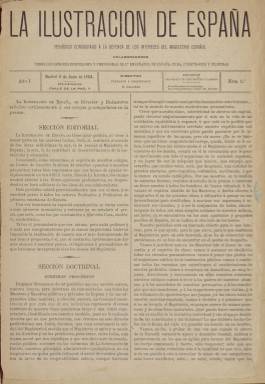
Título: La Ilustración de España
Colección: Cultura
Ámbito geográfico: Madrid
Lugar de publicación: Madrid
Fechas: 08/06/1884-22/12/1887

En la segunda mitad del siglo XIX es difícil distinguir entre tantas publicaciones como llevan el título ‘ilustración’ en su cabecera. Casi todas ellas hacían alarde de sus ilustraciones, es decir, de sus imágenes, grabados en los que se representaban retratos, monumentos, escenas costumbristas, caricaturas… y que fueron sirviendo cada vez más para ilustrar la información de actualidad.

    Pero no es el caso de la publicación que lleva por título La Ilustración de España, nacida el 8 de junio de 1884, al menos en su primera etapa. De ocho páginas y periodicidad mensual en un primer momento,  utilizaba el término en su acepción de educación y se declaraba “consagrado a la defensa de los intereses del magisterio español”. Asimismo decía tener por colaboradores a “todos los señores profesores y profesoras de 1º enseñanza de España, Cuba, Puerto Rico y Filipinas”.

    Su fundador, propietario y director era Saturnino Calleja, fundador de la editorial más popular de la época y uno de los líderes de los maestros españoles a través de la Asociación Nacional del Magisterio Español, creada por él también.

    En su primer número, La Ilustración de España decía no tener color político y estar dedicada a los maestros de España y contribuir al desenvolvimiento de la instrucción y educación. En sus páginas puede encontrarse todo tipo de información relacionada con los intereses de la profesión: ley de instrucción pública, oposiciones, sueldos, jubilaciones, vacaciones, situación de las escuelas, asociacionismo… En las últimas páginas del periódico, Calleja aprovechaba para hacer publicidad de las obras de su editorial.

   La orientación del periódico cambió a partir de enero de 1886, cuando pasó a ser una ‘Ilustración’ como las otras, con amplios grabados en la portada, en páginas centrales y en la contraportada. La razón de este cambio, según había explicado el periódico en el número 34 de 6 de noviembre de 1885, se debía a los ataques que estaba recibiendo en centros oficiales, lo que tenía que ver con la venta de libros para las escuelas y la competencia en este mercado, aunque no se aclara mucho más.

   Es muy probable que sus competidores vieran a la editorial de Saturnino Calleja adquirir una situación de predominio gracias al periódico y a la asociación de maestros que promovía, aunque él mismo negaba que tuviera intención de presentarse como diputado a Cortes para representar a la profesión.

    A partir de 1886, pues, La Ilustración de España saldrá cuatro veces al mes en lugar de tres y dejará de ocuparse de los asuntos internos del magisterio, que pasarían según lo anunciado a un Boletín de la Ilustración de reparto gratuito.

   En esta nueva etapa, la publicación llevaba por subtítulo ‘Periódico ilustrado de Literatura, Ciencia y Artes’ y abrió su primer número con un retrato del recién fallecido rey Alfonso XII. En números sucesivos, el grabado de portada sería dedicado a grandes personajes españoles de distintos campos de la cultura, así como de la política y el ejército.

   El último número es el 48 de 22 de diciembre de 1887, cuando se anunció que a partir de enero próximo la propiedad del periódico se traspasaba a la empresa editorial de la señora viuda de Rodríguez, con más de 30 años de experiencia. El motivo que se da para ello es  “la gran extensión que de día en día han venido tomando las operaciones de la casa editorial de D. Saturnino Calleja, y la poca relación que este periódico guarda con el carácter de las obras a que dicha casa se dedica”.

   Al parecer se siguió publicando bajo la nueva propiedad como “periódico ilustrado de Literatura, Ciencias, Artes y Modas”, aunque esta nueva época no se encuentra en la colección de la Biblioteca Nacional de España.

[Descripción modificada el 25/06/2019]